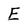
Character: E